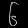
Digit: ၆